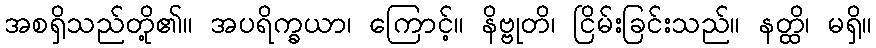
အစရှိသည်တို့၏။ အပရိက္ခယာ၊ ကြောင့်။ နိဗ္ဗုတိ၊ ငြိမ်းခြင်းသည်။ နတ္ထိ၊ မရှိ။